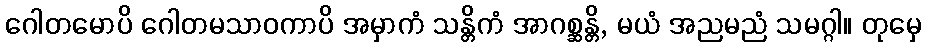
ဂေါတမောပိ ဂေါတမသာဝကာပိ အမှာကံ သန္တိကံ အာဂစ္ဆန္တိ, မယံ အညမညံ သမဂ္ဂါ။ တုမှေ